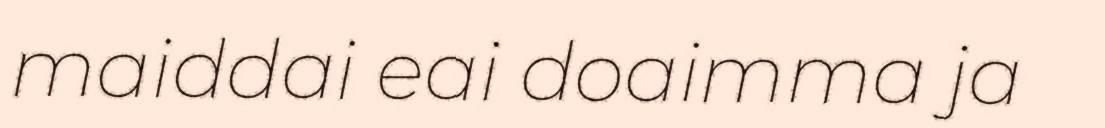
maiddai eai doaimma ja